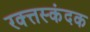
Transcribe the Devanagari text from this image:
रक्त्तस्कंदक